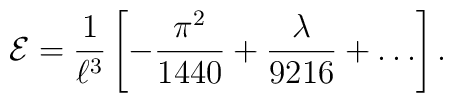
{\cal E}=\frac{1}{\ell^3}\left[-\frac{\pi^2}{1440}+\frac{\lambda}{9216}+\ldots\right].